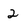
Character: 2